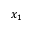
x _ { 1 }